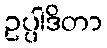
ဥပ္ပါဒိတာ